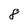
Character: 8